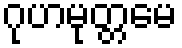
ဂုဟမုတ္တမေ